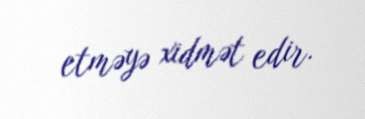
etməyə xidmət edir.